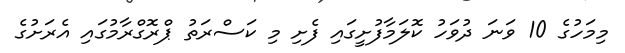
މިމަހުގެ 10 ވަނަ ދުވަހު ކޮލަމާފުށީގައި ފެށި މި ކަސްރަތު ޕްރޮގްރާމުގައި އެރަށުގެ